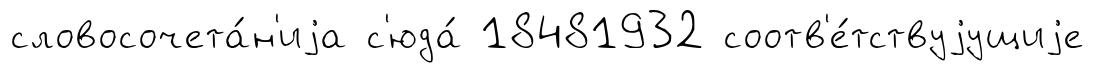
словосочета́н'иjа с'юда́ 18481932 соотв'е́тствуjущиjе